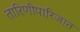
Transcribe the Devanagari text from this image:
तारिणीपारिजात